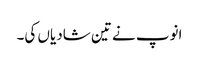
انوپ نے تین شادیاں کی۔